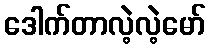
ဒေါက်တာလဲ့လဲ့မော်